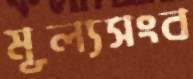
মূল্যসংব